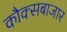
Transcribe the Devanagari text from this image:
कौक्सबाजार